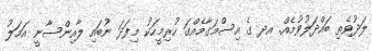
ލަދުވެތި ބައްދަލުވުމެއް. އދ ގެ އިސްމަގާމެއްގަ ހުރިމީހަކު މިފަދަ ނުބައި ލާއިންސާނީ އަމަލު